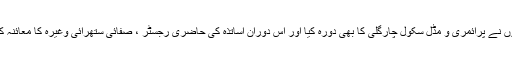
انہوں نے پرائمری و مڈل سکول چارگلی کا بھی دورہ کیا اور اس دوران اساتذہ کی حاضری رجسٹر ، صفائی ستھرائی وغیرہ کا معائنہ کیا ۔